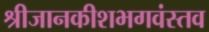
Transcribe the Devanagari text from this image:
श्रीजानकीशभगवंस्तव